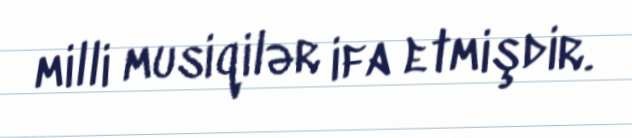
milli musiqilər ifa etmişdir.